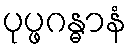
ပုပ္ဖဂန္ဓာနံ